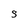
Character: S